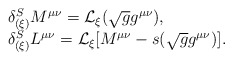
\begin{align*}\begin{array}{ll}\delta^{S}_{(\xi)} M^{\mu\nu} = {\cal L}_{\xi} ( \sqrt{g} g^{\mu\nu} ), & \\\delta^{S}_{(\xi)} L^{\mu\nu} = {\cal L}_{\xi} \lbrack M^{\mu\nu} - s ( \sqrt{g} g^{\mu\nu} ) \rbrack.\end{array}\end{align*}